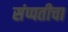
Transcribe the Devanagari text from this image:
संप्पतीचा